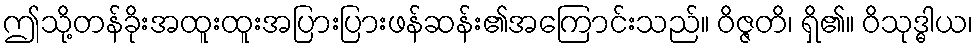
ဤသို့တန်ခိုးအထူးထူးအပြားပြားဖန်ဆန်း၏အကြောင်းသည်။ ဝိဇ္ဇတိ၊ ရှိ၏။ ဝိသုဒ္ဓါယ၊